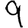
Digit: 9